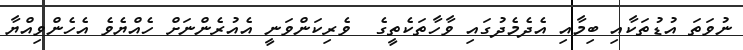
ނުވަތަ އުޑުތަކާއި ބިމާއި އެދެމެދުގައި ވާހާތަކެތީގެ  ވެރިކަންވަނީ އެއުރެންނަށް ހެއްޔެވެ އެހެންވިއްޔާ